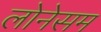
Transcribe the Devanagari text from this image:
लोनेसम